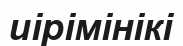
иірімінікі